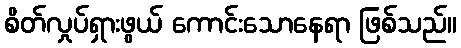
စိတ်လှုပ်ရှားဖွယ် ကောင်းသောနေရာ ဖြစ်သည်။